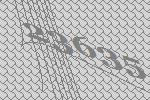
23635